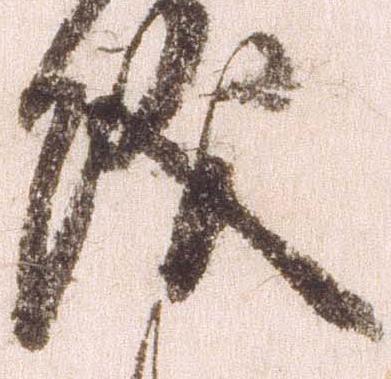
儀